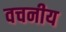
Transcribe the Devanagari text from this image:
वचनीय